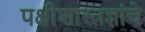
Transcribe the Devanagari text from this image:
पक्षीशास्त्रज्ञांचे